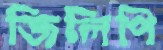
জিলিপি